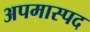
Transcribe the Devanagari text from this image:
अपमास्पद